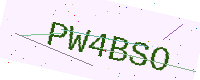
Text: PW4BSO